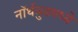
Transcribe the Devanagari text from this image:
नॉर्थवुडमध्ये